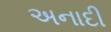
અનાદી